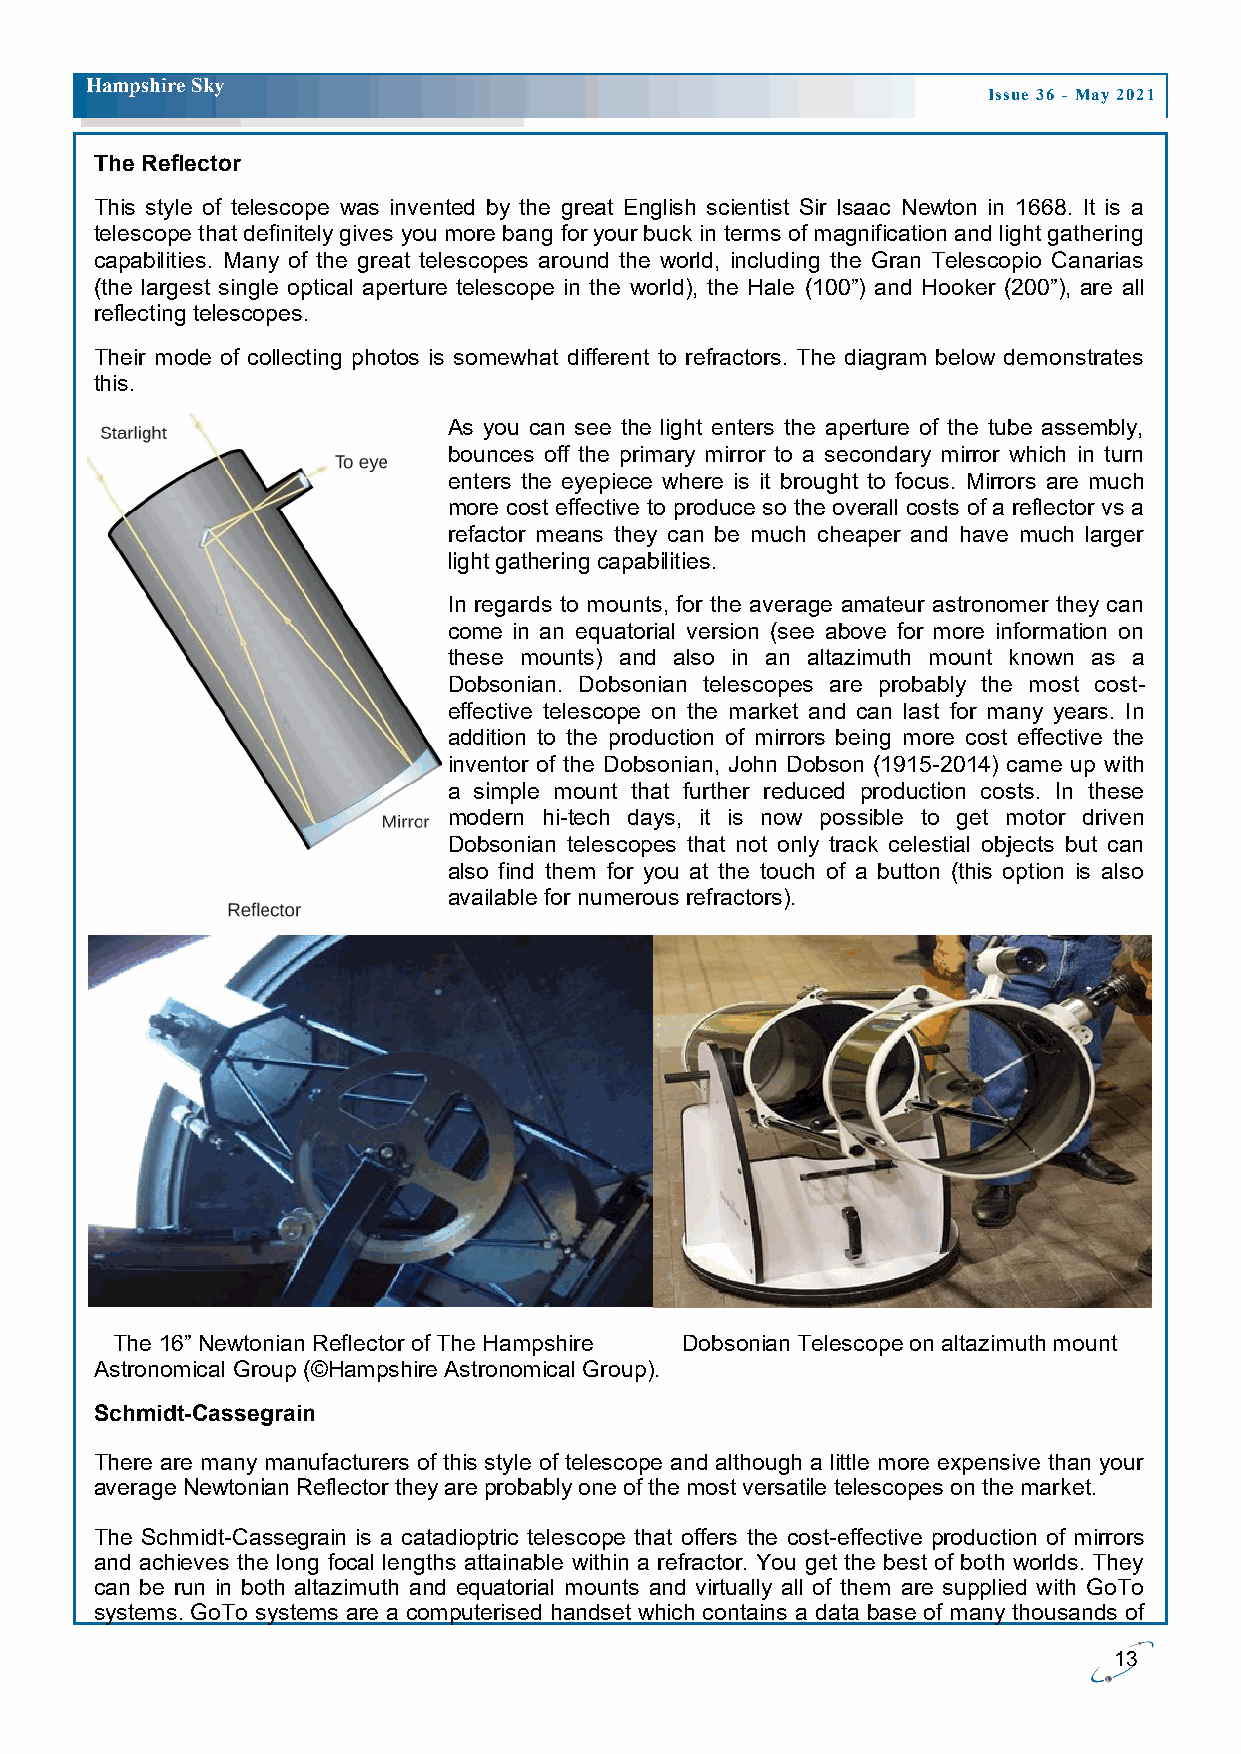
H ampshire Sky
 Issue 36 - May 2021
 The Reflector
 This style of telescope was invented by the great English scientist Sir Isaac Newton in 1668. It is a
 telescope that definitely gives you more bang for your buck in terms of magnification and light gathering
 capabilities. Many of the great telescopes around the world, including the Gran Telescopio Canarias
 (the largest single optical aperture telescope in the world), the Hale (100”) and Hooker (200”), are all
 reflecting telescopes.
 Their mode of collecting photos is somewhat different to refractors. The diagram below demonstrates
 this.
 As you can see the light enters the aperture of the tube assembly,
 bounces off the primary mirror to a secondary mirror which in turn
 enters the eyepiece where is it brought to focus. Mirrors are much
 more cost effective to produce so the overall costs of a reflector vs a
 refactor means they can be much cheaper and have much larger
 light gathering capabilities.
 In regards to mounts, for the average amateur astronomer they can
 come in an equatorial version (see above for more information on
 these mounts) and also in an altazimuth mount known as a
 Dobsonian. Dobsonian telescopes are probably the most cost-
 effective telescope on the market and can last for many years. In
 addition to the production of mirrors being more cost effective the
 inventor of the Dobsonian, John Dobson (1915-2014) came up with
 a simple mount that further reduced production costs. In these
 modern hi-tech days, it is now possible to get motor driven
 Dobsonian telescopes that not only track celestial objects but can
 also find them for you at the touch of a button (this option is also
 available for numerous refractors).
 The 16” Newtonian Reflector of The Hampshire Dobsonian Telescope on altazimuth mount
 Astronomical Group (©Hampshire Astronomical Group).
 Schmidt-Cassegrain
 There are many manufacturers of this style of telescope and although a little more expensive than your
 average Newtonian Reflector they are probably one of the most versatile telescopes on the market.
 The Schmidt-Cassegrain is a catadioptric telescope that offers the cost-effective production of mirrors
 and achieves the long focal lengths attainable within a refractor. You get the best of both worlds. They
 can be run in both altazimuth and equatorial mounts and virtually all of them are supplied with GoTo
 systems. GoTo systems are a computerised handset which contains a data base of many thousands of
 13